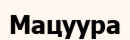
Мацуура